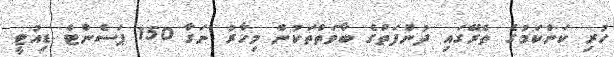
ހުރި ކަންކަމުގެ ތެރޭގައި ދުންފަތުގެ ބާވަތްތަކުން މިހާރު ނަގާ 150 ޕަސެންޓް ޑިއުޓީ